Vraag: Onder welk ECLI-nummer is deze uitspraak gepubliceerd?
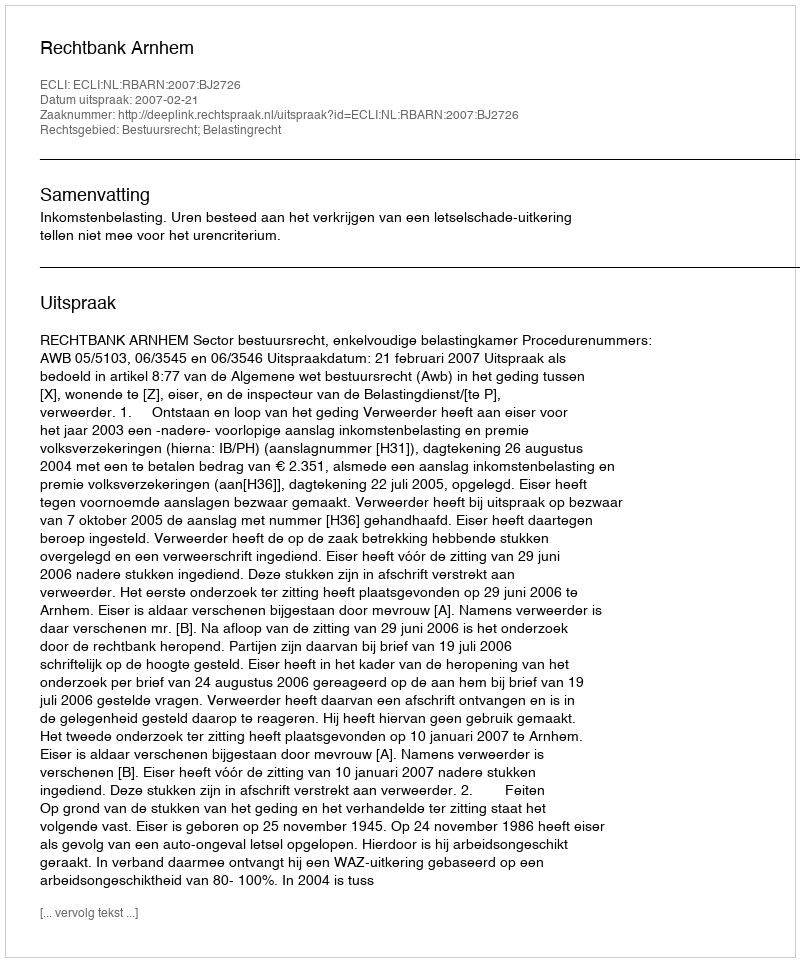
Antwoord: ECLI:NL:RBARN:2007:BJ2726